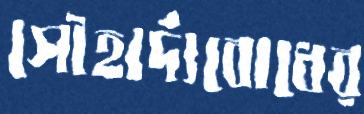
সৌহার্দ্যবোধের